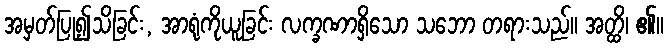
အမှတ်ပြု၍သိခြင်း, အာရုံကိုယူခြင်း လက္ခဏာရှိသော သဘော တရားသည်။ အတ္ထိ၊ ၏။